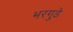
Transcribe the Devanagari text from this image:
भरगुडे